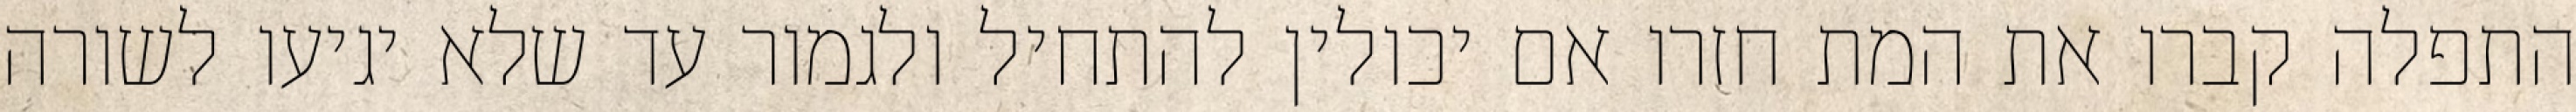
התפלה קברו את המת חזרו אם יכולין להתחיל ולגמור עד שלא יגיעו לשורה